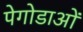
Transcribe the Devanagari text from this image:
पेगोडाओं